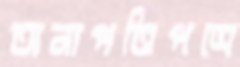
অনাপত্তিপত্রে